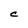
Character: C